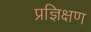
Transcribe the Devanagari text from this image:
प्रज्ञिक्षण